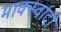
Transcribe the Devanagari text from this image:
मार्क्स्वादी